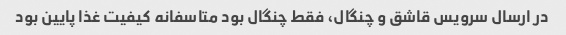
در ارسال سرویس قاشق و چنگال، فقط چنگال بود متاسفانه کیفیت غذا پایین بود